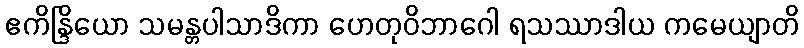
ဧကိန္ဒြိယော သမန္တပါသာဒိကာ ဟေတုဝိဘာဂေါ ရသဿာဒါယ ကမေယျာတိ